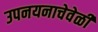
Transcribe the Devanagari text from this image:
उपनयनाचेवेळीं